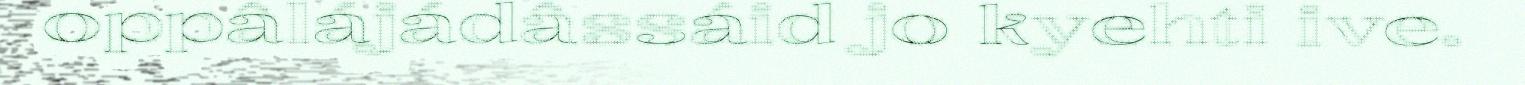
oppâlájádâssáid jo kyehti ive.